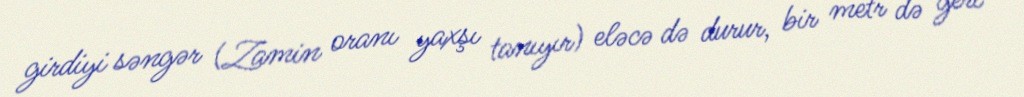
girdiyi səngər (Zamin oranı yaxşı tanıyır) eləcə də durur, bir metr də geri